Vaccination in Bombay 1924-1928 - 1924-1928
Year: 1924
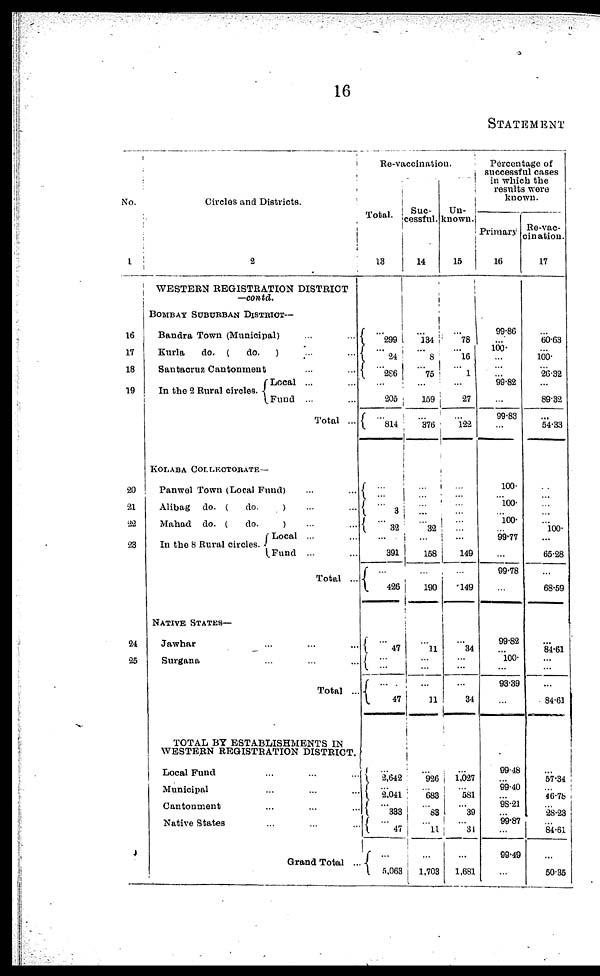
16
STATEMENT
No.
1
16
17
18
19
20
21
22
23
24
25
Circles and Districts.
2
WESTERN REGISTRATION DISTRICT
—contd.
BOMBAY SUBURBAN DISTRICT—
Bandra Town (Municipal) ... ...
Kurla
do. (
do.
) ... ...
Santacruz Cantonment ... ...
In the 2 Rural circles.
Local ... ...
Fund ... ...
Total ...
KOLABA COLLECTORATE—
Panwel Town (Local Fund) ... ...
Alibag do. (
do.
) ... ...
Mahad do. (
do.
) ... ...
In the 8 Rural circles.
Local ... ...
Fund ... ...
Total ...
NATIVE STATES—
Jawhar ... ... ...
Surgana ... ... ...
Total ...
TOTAL BY ESTABLISHMENTS IN
WESTERN REGISTRATION DISTRICT.
Local Fund ... ... ...
Municipal ... ... ...
Cantonment ... ... ...
Native States ... ... ...
Grand Total ...
Re-vaccination.
Total.
13
...
299
...
24
...
286
...
205
...
814
...
...
... 3
...
32
...
391
...
426
...
47
...
...
...
47
...
2,642
...
2,041
...
333
...
47
... 5,063
Suc-
cessful.
14
...
134
...
8
... 75
...
159
...
376
...
...
...
...
...
32
...
158
...
190
...
11
...
...
...
11
...
926
...
683
... 83
...
11
...
1,703
Un¬
known.
15
...
78
...
16
...
1
...
27
...
122
...
...
...
...
...
...
...
149
...
149
...
34
...
...
...
34
...
1,027
...
581
... 39
...
31
...
1,681
Percentage of
successful cases
in winch the
results were
known.
Primary
16
99.86
...
100.
...
...
...
99.82
...
99.83
...
100.
...
100.
...
100.
...
99.77
...
99.78
...
99.82
...
100.
...
93.39
...
99.48
...
99.40
...
98.21
...
99.87
...
99.49
...
Re-vac-
cination.
17
...
60.63
... 100.
...
26.32
...
89.32
...
54.33
...
...
...
...
...
100.
...
65.28
...
68.59
...
84.61
...
...
...
84.61
... 57.34 ...
46.78
... 28.23 ...
84.61
...
50.35